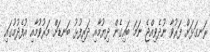
ރަނގަޅަށް ފަރުވާ ނުދެވިއްޖެ ނަމަ ބައިގެން ދިޔުމާއި ދަރިފުޅު ބަނޑަށް މަރުވުމާއި އުފެދުމުގައި